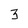
Character: 3